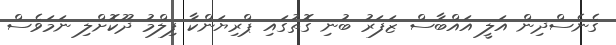
ގެނެސްދިން އަލީ އައްބާސް ޒަފަރު ބުނި ގޮތުގައި ޕްރިޔަންކާ ފިލްމު ދޫކޮށްލި ނަމަވެސް